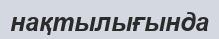
нақтылығында